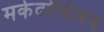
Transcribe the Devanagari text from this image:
मकेदोनिअन